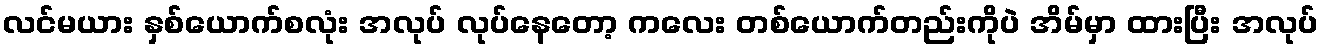
လင်မယား နှစ်ယောက်စလုံး အလုပ် လုပ်နေတော့ ကလေး တစ်ယောက်တည်းကိုပဲ အိမ်မှာ ထားပြီး အလုပ်